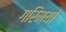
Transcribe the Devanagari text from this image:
गरिमयों